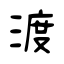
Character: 渡